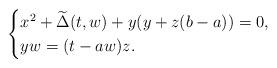
LaTeX: \begin{align*}\begin{cases}x^2+\widetilde\Delta(t,w)+y(y+z(b-a))=0,\\yw=(t-aw)z.\end{cases}\end{align*}